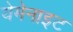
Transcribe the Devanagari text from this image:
येमेनाइट